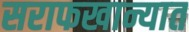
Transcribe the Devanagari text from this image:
सराफखान्यात